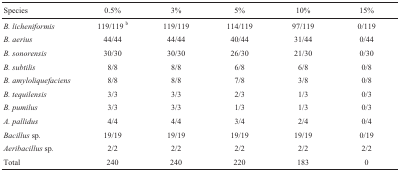
| Species | 0.5% | 3% | 5% | 10% | 15% |
 | --- | --- | --- | --- | --- | --- |
 | B. licheniformis | 119/119 b | 119/119 | 114/119 | 97/119 | 0/119 |
 | B. aerius | 44/44 | 44/44 | 40/44 | 31/44 | 0/44 |
 | B. sonorensis | 30/30 | 30/30 | 26/30 | 21/30 | 0/30 |
 | B. subtilis | 8/8 | 8/8 | 6/8 | 6/8 | 0/8 |
 | B. amyloliquefaciens | 8/8 | 8/8 | 7/8 | 3/8 | 0/8 |
 | B. tequilensis | 3/3 | 3/3 | 2/3 | 1/3 | 0/3 |
 | B. pumilus | 3/3 | 3/3 | 1/3 | 1/3 | 0/3 |
 | A. pallidus | 4/4 | 4/4 | 3/4 | 2/4 | 0/4 |
 | Bacillussp. | 19/19 | 19/19 | 19/19 | 19/19 | 0/19 |
 | Aeribacillussp. | 2/2 | 2/2 | 2/2 | 2/2 | 2/2 |
 | Total | 240 | 240 | 220 | 183 | 0 |